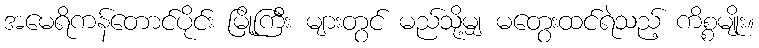
အမေရိကန်တောင်ပိုင်း မြို့ကြီး များတွင် မည်သို့မျှ မတွေးထင်ရဲသည့် ကိစ္စမျိုး။